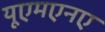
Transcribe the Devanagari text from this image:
यूएमएनए